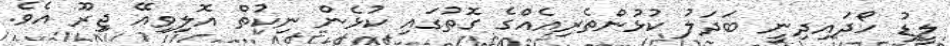
ލީޑު ހޯދައިދިނީ ބަދަލު ކުޅުންތެރިއެއްގެ ގޮތުގައި ކުޅެން ނިކުތް އޮލިވިއޭ ޖިިރޫ އެވެ.